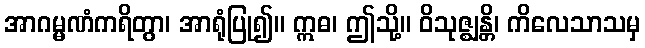
အာဂမ္မဏံကရိတွာ၊ အာရုံပြု၍။ ဣဓ၊ ဤသို့။ ဝိသုဇ္ဈန္တိ၊ ကိလေသာသမှ